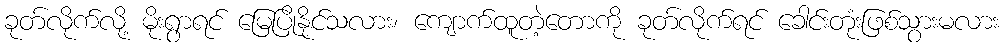
ခုတ်လိုက်လို့ မိုးရွာရင် မြေပြိုနိုင်သလား၊ ကျောက်ထူတဲ့တောကို ခုတ်လိုက်ရင် ခေါင်းတုံးဖြစ်သွားမလား